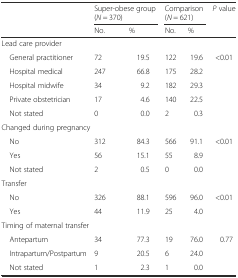
<table><thead><tr><td rowspan="2"></td><td colspan="2"><b>Super-obese group (<i>N</i> = 370)</b></td><td colspan="2"><b>Comparison (<i>N</i> = 621)</b></td><td rowspan="2"><b><i>P</i> value</b></td></tr><tr><td><b>No.</b></td><td><b>%</b></td><td><b>No.</b></td><td><b>%</b></td></tr></thead><tbody><tr><td colspan="6">Lead care provider</td></tr><tr><td> General practitioner</td><td>72</td><td>19.5</td><td>122</td><td>19.6</td><td rowspan="4">&lt;0.01</td></tr><tr><td> Hospital medical</td><td>247</td><td>66.8</td><td>175</td><td>28.2</td></tr><tr><td> Hospital midwife</td><td>34</td><td>9.2</td><td>182</td><td>29.3</td></tr><tr><td> Private obstetrician</td><td>17</td><td>4.6</td><td>140</td><td>22.5</td></tr><tr><td> Not stated</td><td>0</td><td>0.0</td><td>2</td><td>0.3</td><td></td></tr><tr><td colspan="6">Changed during pregnancy</td></tr><tr><td> No</td><td>312</td><td>84.3</td><td>566</td><td>91.1</td><td rowspan="2">&lt;0.01</td></tr><tr><td> Yes</td><td>56</td><td>15.1</td><td>55</td><td>8.9</td></tr><tr><td> Not stated</td><td>2</td><td>0.5</td><td>0</td><td>0.0</td><td></td></tr><tr><td colspan="6">Transfer</td></tr><tr><td> No</td><td>326</td><td>88.1</td><td>596</td><td>96.0</td><td rowspan="2">&lt;0.01</td></tr><tr><td> Yes</td><td>44</td><td>11.9</td><td>25</td><td>4.0</td></tr><tr><td colspan="6">Timing of maternal transfer</td></tr><tr><td> Antepartum</td><td>34</td><td>77.3</td><td>19</td><td>76.0</td><td rowspan="2">0.77</td></tr><tr><td> Intrapartum/Postpartum</td><td>9</td><td>20.5</td><td>6</td><td>24.0</td></tr><tr><td> Not stated</td><td>1</td><td>2.3</td><td>1</td><td>0.0</td><td></td></tr></tbody></table>